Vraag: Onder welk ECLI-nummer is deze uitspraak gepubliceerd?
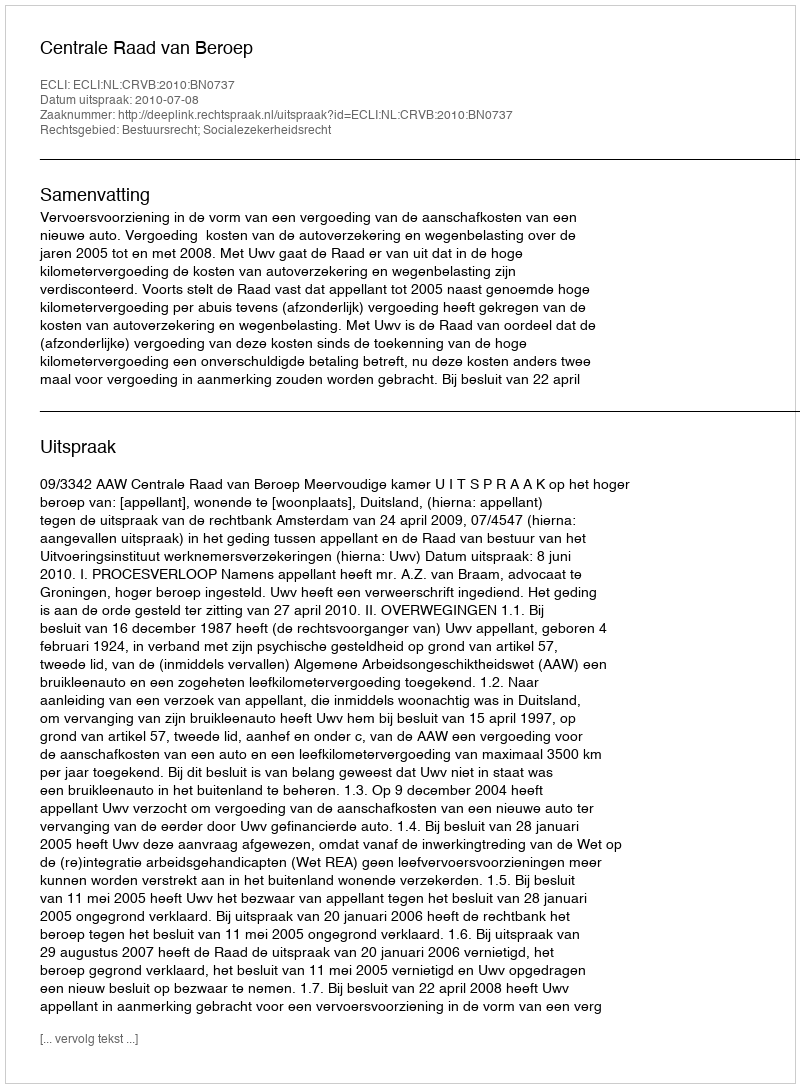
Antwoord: ECLI:NL:CRVB:2010:BN0737